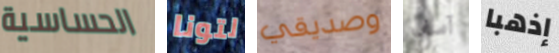
الحساسية لتونا وصديقي آسف إذهبا